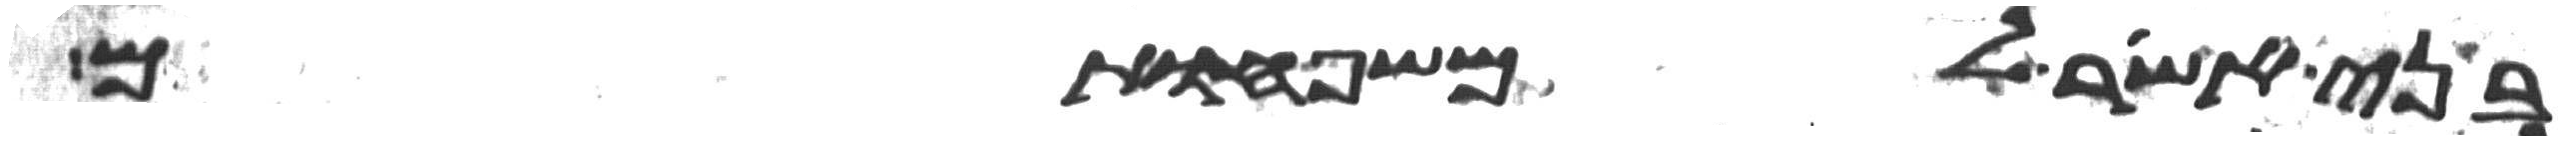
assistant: בני אשר למשפחותם